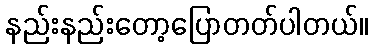
နည်းနည်းတော့ပြောတတ်ပါတယ်။